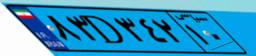
۸۳D۳۴۲۱۰